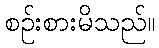
စဉ်းစားမိသည်။